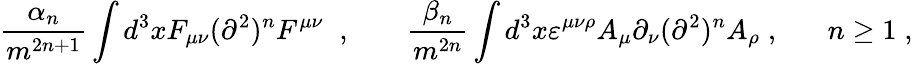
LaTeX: \frac{\alpha_{n}}{m^{2n+1}}\int d^{3}xF_{\mu\nu}(\partial^{2})^{n}F^{\mu\nu}\; \; ,\; \; \; \; \; \; \; \frac{\beta_{n}}{m^{2n}}\int d^{3}x\varepsilon^{\mu\nu\rho}A_{\mu}\partial_{\nu}(\partial^{2})^{n}A_{\rho}\; ,\; \; \; \; \; \; n\geq 1\; ,